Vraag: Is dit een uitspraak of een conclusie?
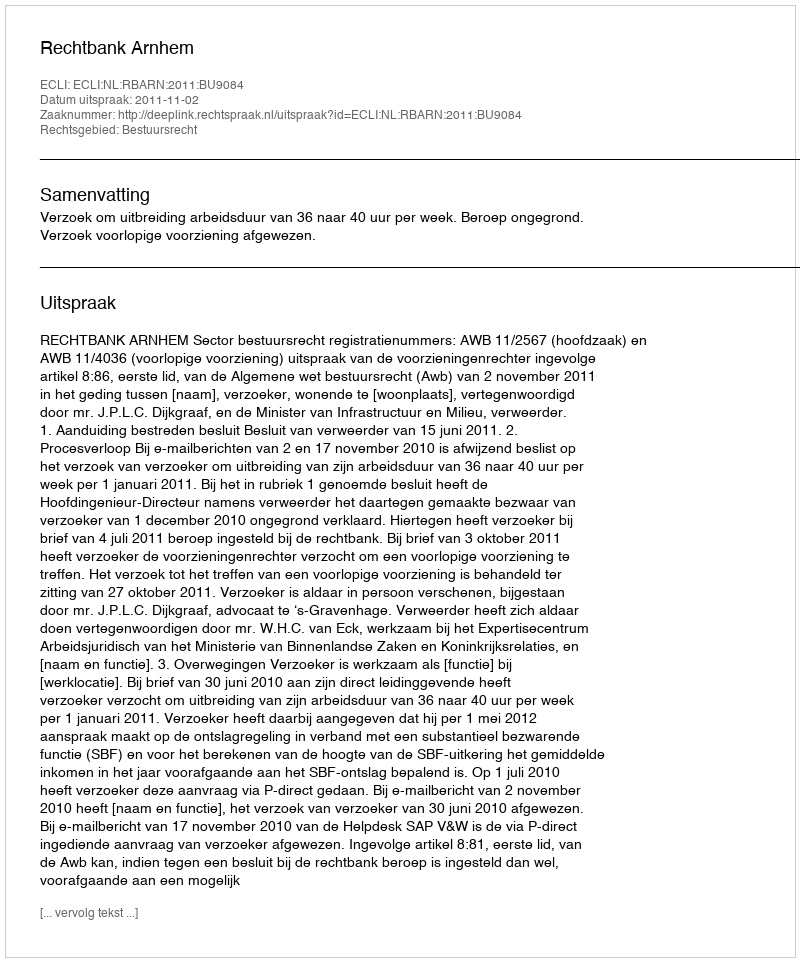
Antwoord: Uitspraak